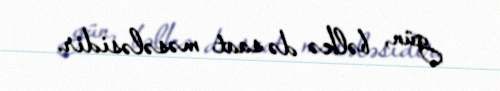
gün, bəlkə də saat məsələsidir.